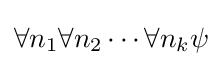
\forall n_{1}\forall n_{2}\cdots \forall n_{k}\psi